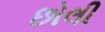
છોલી